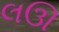
લઊ